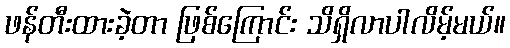
ဖန်တီးထားခဲ့တာ ဖြစ်ကြောင်း သိရှိလာပါလိမ့်မယ်။